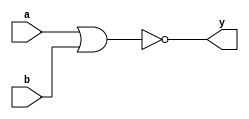
//NOR Gate 
//Dataflow modelling

module NOR_Dataflow(a,b,y);
input a,b;
output y;

assign y = ~(a | b);
endmodule